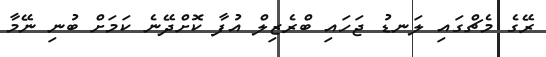
ރޭގެ މެޗްގައި ލަނޑު ޖަހައި ބްރެޒިލް އުފާ ކޮށްދޭނެ ކަމަށް ބުނި ނޭމާ